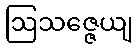
ဩသဇ္ဇေယျ